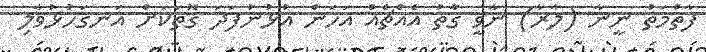
ފާތުމަތު ނީނާ (ލާރާ) ނާވީ ގާތު އެއްޗެއް އަހަން އުޅުނުފަދަ ގޮތަކަށް އަނގަހުޅުވާލި